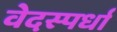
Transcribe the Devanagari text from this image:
वेदस्पर्धा